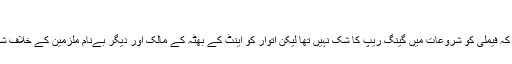
‘
پولیس کا کہنا ہے کہ فیملی کو شروعات میں گینگ ریپ کا شک نہیں تھا لیکن اتوار کو اینٹ کے بھٹہ کے مالک اور دیگر بےنام ملزمین کے خلاف شکایت درج کرائی۔